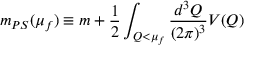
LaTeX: m _ { P S } ( \mu _ { f } ) \equiv m + \frac { 1 } { 2 } \int _ { Q < \mu _ { f } } \frac { d ^ { 3 } Q } { ( 2 \pi ) ^ { 3 } } V ( Q )